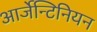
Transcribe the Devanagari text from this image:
आर्जेन्टिनियन